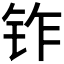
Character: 𬬽